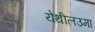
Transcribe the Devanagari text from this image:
येथीलउमा